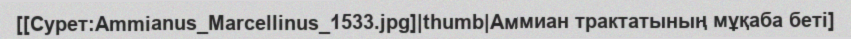
[[Сурет:Ammianus_Marcellinus_1533.jpg]|thumb|Аммиан трактатының мұқаба беті]